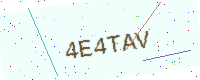
Text: 4E4TAV